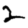
Digit: 2